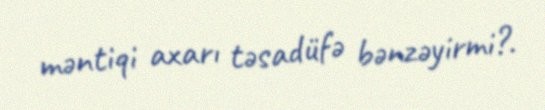
məntiqi axarı təsadüfə bənzəyirmi?.